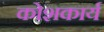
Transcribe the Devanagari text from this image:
कोशकार्य